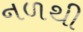
નળથી